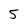
Character: 5